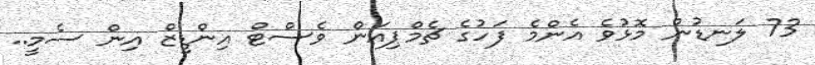
73 ލަނޑުން މޮޅުވެ އެންމެ ފަހުގެ ޗެމްޕިއަން ވެސްޓް އިންޑީޒް އިން ސެމީ..